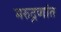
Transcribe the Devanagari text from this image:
मरुद्नणांत